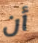
أن